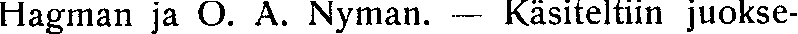
Hagman ja O. A. Nyman. — Käsiteltiin juokse-